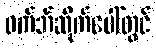
ဝက်ဘ်ဆိုက်ပေါ်တွင်